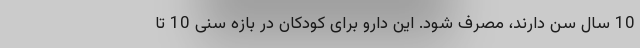
10 سال سن دارند، مصرف شود. این دارو برای کودکان در بازه سنی 10 تا